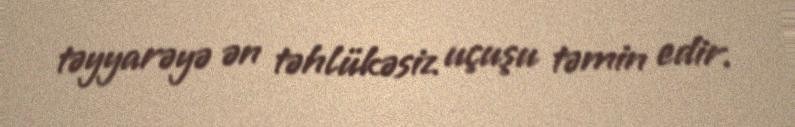
təyyarəyə ən təhlükəsiz uçuşu təmin edir.